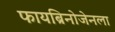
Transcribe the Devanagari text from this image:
फायब्रिनोजेनला